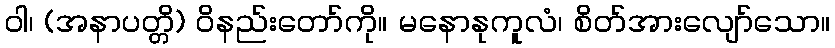
ဝါ၊ (အနာပတ္တိ) ဝိနည်းတော်ကို။ မနောနုကူလံ၊ စိတ်အားလျော်သော။